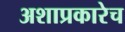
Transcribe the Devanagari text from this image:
अशाप्रकारेच